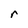
Character: r